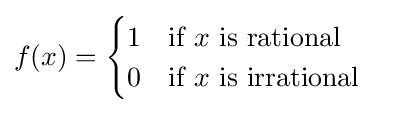
{\begin{aligned}f(x)&={\begin{cases}1&{\text{if }}x{\text{ is rational}}\\0&{\text{if }}x{\text{ is irrational}}\end{cases}}\end{aligned}}